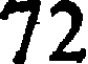
72